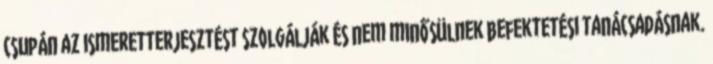
csupán az ismeretterjesztést szolgálják és nem minősülnek befektetési tanácsadásnak.